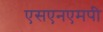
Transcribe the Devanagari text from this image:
एसएनएमपी